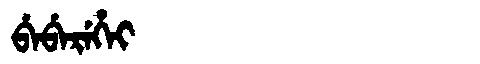
Manchu: ᠪᡝᠪᡝᡵᡝᡥᡝᡳ
Romanization: BEBEREHEI